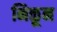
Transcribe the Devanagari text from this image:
निळून